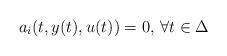
LaTeX: \begin{align*}a_{i} (t,y(t),u(t))=0,\,\forall t\in \Delta\end{align*}